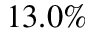
1 3 . 0 \%